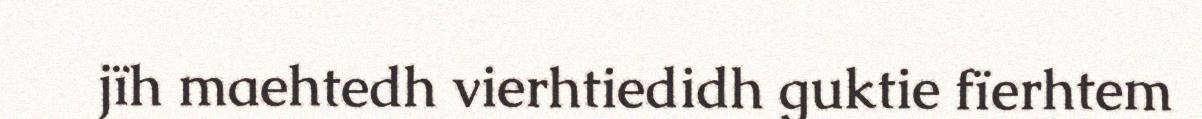
jïh maehtedh vierhtiedidh guktie fïerhtem